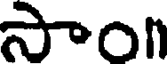
సాంn